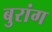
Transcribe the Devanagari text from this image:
बुरांग